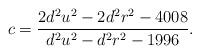
LaTeX: \begin{align*}c=\frac{2d^2u^2-2d^2r^2-4008}{d^2u^2-d^2r^2-1996}.\end{align*}